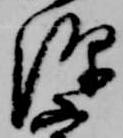
源